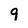
Character: 9